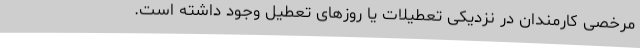
مرخصی کارمندان در نزدیکی تعطیلات یا روزهای تعطیل وجود داشته است.